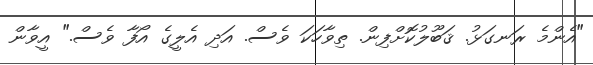
"އެންމެ ރަނގަޅު. ޤަބޫލުކޮށްފިން. ތިވާހަކަ ވެސް. އަދި އެލީގެ އޯފާ ވެސް." އީވާން